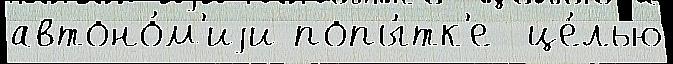
автоно́м'иjи попы́тк'е  це́лью